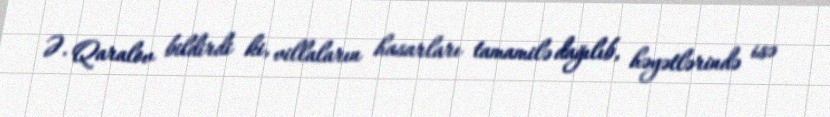
Ə. Qaralov bildirdi ki, villaların hasarları tamamilə dağılıb, həyətlərində isə